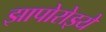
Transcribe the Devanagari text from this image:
झापोरोझ्ये